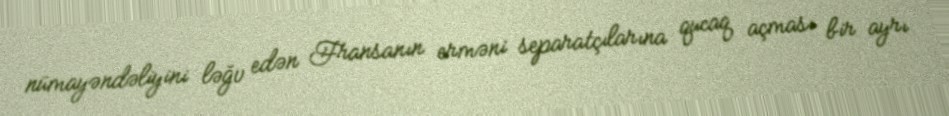
nümayəndəliyini ləğv edən Fransanın erməni separatçılarına qucaq açması bir ayrı